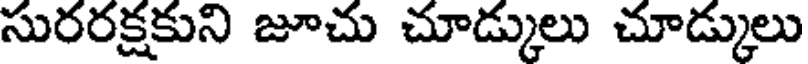
సురరక్షకుని జూచు చూడ్కులు చూడ్కులు